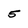
Character: 5